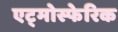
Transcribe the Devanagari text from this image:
एट्मोस्फेरिक